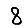
Digit: 8